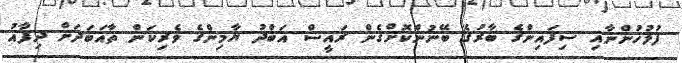
ފުލުހުންނާއި ސިފައިންގެ ބާރުގެ ބޭނުންކޮށްގެން ރައީސް އަބްދު ޔާމިންގެ ވެރިކަން ތާއަބަދަށް ދިފާއު